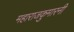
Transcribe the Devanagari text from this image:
महाराजकुमारनी